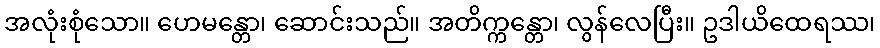
အလုံးစုံသော။ ဟေမန္တော၊ ဆောင်းသည်။ အတိက္ကန္တော၊ လွန်လေပြီး။ ဥဒါယိထေရဿ၊